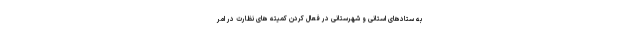
به ستادهای استانی و شهرستانی در فعال کردن کمیته های نظارت در امر